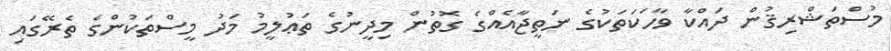
މުސްތަޝްރިޤުން ދައްކާ ވާހަކަތަކުގެ ނަތީޖާއެއްގެ ގޮތުން މިދީނުގެ ތަޢުލީމު މަދު މީސްތަކުންގެ ތެރޭގައި